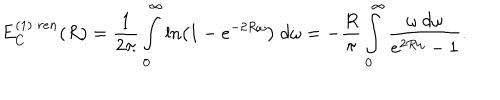
E _ { C } ^ { ( 1 ) \; r e n } ( R ) = \frac { 1 } { 2 \pi } \int _ { 0 } ^ { \infty } \ln \left( 1 - e ^ { - 2 R \omega } \right) ~ d \omega = - \frac { R } { \pi } \int _ { 0 } ^ { \infty } \frac { \omega ~ d \omega } { e ^ { 2 R \omega } - 1 } .